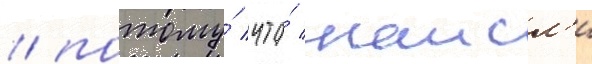
/ потому́ что́ наисл'и